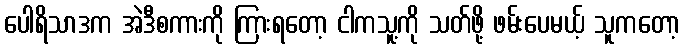
ပေါရိသာဒက အဲဒီစကားကို ကြားရတော့ ငါကသူ့ကို သတ်ဖို့ ဖမ်းပေမယ့် သူကတော့